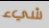
شيء